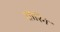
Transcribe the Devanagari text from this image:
शोरिंग